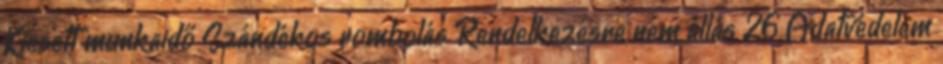
Kiesett munkaidő Szándékos rombolás Rendelkezésre nem állás 26 Adatvédelem